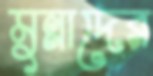
মুন্নাদের